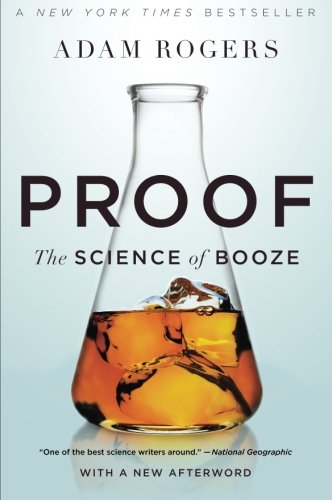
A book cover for Proof: The Science of Booze; Adam Rogers; Cookbooks, Food & Wine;